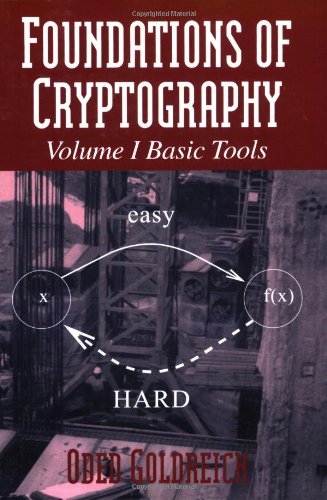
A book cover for Foundations of Cryptography: Volume 1, Basic Tools; Oded Goldreich; Computers & Technology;